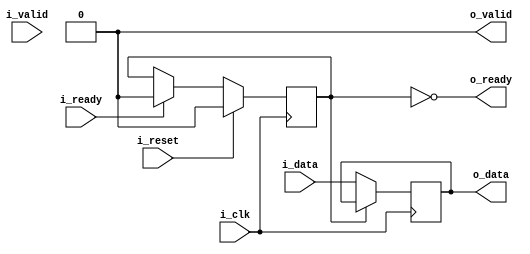
module skidbuffer #(
		// {{{
		parameter	[0:0]	OPT_LOWPOWER = 0,
		parameter	[0:0]	OPT_OUTREG = 1,
		//
		parameter	[0:0]	OPT_PASSTHROUGH = 0,
		parameter		DW = 8
		// }}}
	) (
		// {{{
		input	wire			i_clk, i_reset,
		input	wire			i_valid,
		output	wire			o_ready,
		input	wire	[DW-1:0]	i_data,
		output	wire			o_valid,
		input	wire			i_ready,
		output	reg	[DW-1:0]	o_data
		// }}}
	);

	wire	[DW-1:0]	w_data;

	generate if (OPT_PASSTHROUGH)
	begin : PASSTHROUGH
		// {{{
		assign	{ o_valid, o_ready } = { i_valid, i_ready };

		always @(*)
		if (!i_valid && OPT_LOWPOWER)
			o_data = 0;
		else
			o_data = i_data;

		assign	w_data = 0;

		// Keep Verilator happy
		// Verilator lint_off UNUSED
		// {{{
		wire	unused_passthrough;
		assign	unused_passthrough = &{ 1'b0, i_clk, i_reset };
		// }}}
		// Verilator lint_on  UNUSED
		// }}}
	end else begin : LOGIC
		// We'll start with skid buffer itself
		// {{{
		reg			r_valid;
		reg	[DW-1:0]	r_data;

		// r_valid
		// {{{
		initial	r_valid = 0;
		always @(posedge i_clk)
		if (i_reset)
			r_valid <= 0;
		else if ((i_valid && o_ready) && (o_valid && !i_ready))
			// We have incoming data, but the output is stalled
			r_valid <= 1;
		else if (i_ready)
			r_valid <= 0;
		// }}}

		// r_data
		// {{{
		initial	r_data = 0;
		always @(posedge i_clk)
		if (OPT_LOWPOWER && i_reset)
			r_data <= 0;
		else if (OPT_LOWPOWER && (!o_valid || i_ready))
			r_data <= 0;
		else if ((!OPT_LOWPOWER || !OPT_OUTREG || i_valid) && o_ready)
			r_data <= i_data;

		assign	w_data = r_data;
		// }}}

		// o_ready
		// {{{
		assign o_ready = !r_valid;
		// }}}

		//
		// And then move on to the output port
		//
		if (!OPT_OUTREG)
		begin : NET_OUTPUT
			// Outputs are combinatorially determined from inputs
			// {{{
			// o_valid
			// {{{
			assign	o_valid = !i_reset && (i_valid || r_valid);
			// }}}

			// o_data
			// {{{
			always @(*)
			if (r_valid)
				o_data = r_data;
			else if (!OPT_LOWPOWER || i_valid)
				o_data = i_data;
			else
				o_data = 0;
			// }}}
			// }}}
		end else begin : REG_OUTPUT
			// Register our outputs
			// {{{
			// o_valid
			// {{{
			reg	ro_valid;

			initial	o_valid = 0;
			always @(posedge i_clk)
			if (i_reset)
				ro_valid <= 0;
			else if (!o_valid || i_ready)
				ro_valid <= (i_valid || r_valid);

			assign	o_valid = ro_valid;
			// }}}

			// o_data
			// {{{
			initial	o_data = 0;
			always @(posedge i_clk)
			if (OPT_LOWPOWER && i_reset)
				o_data <= 0;
			else if (!o_valid || i_ready)
			begin

				if (r_valid)
					o_data <= r_data;
				else if (!OPT_LOWPOWER || i_valid)
					o_data <= i_data;
				else
					o_data <= 0;
			end
			// }}}

			// }}}
		end
		// }}}
	end endgenerate

	// Keep Verilator happy
	// {{{
	// Verilator lint_off UNUSED
	wire	unused;
	assign	unused = &{ 1'b0, w_data };
	// Verilator lint_on  UNUSED
	// }}}
////////////////////////////////////////////////////////////////////////////////
////////////////////////////////////////////////////////////////////////////////
////////////////////////////////////////////////////////////////////////////////
//
// Formal properties
// {{{
////////////////////////////////////////////////////////////////////////////////
////////////////////////////////////////////////////////////////////////////////
////////////////////////////////////////////////////////////////////////////////
`ifdef	FORMAL
`ifdef	SKIDBUFFER
`define	ASSUME	assume
`else
`define	ASSUME	assert
`endif

	reg	f_past_valid;

	initial	f_past_valid = 0;
	always @(posedge i_clk)
		f_past_valid <= 1;

	always @(*)
	if (!f_past_valid)
		assume(i_reset);

	////////////////////////////////////////////////////////////////////////
	//
	// Incoming stream properties / assumptions
	// {{{
	////////////////////////////////////////////////////////////////////////
	//
	always @(posedge i_clk)
	if (!f_past_valid)
	begin
		`ASSUME(!i_valid);
	end else if ($past(i_valid && !o_ready && !i_reset) && !i_reset)
		`ASSUME(i_valid && $stable(i_data));

`ifdef	VERIFIC
`define	FORMAL_VERIFIC
	// Reset properties
	property RESET_CLEARS_IVALID;
		@(posedge i_clk) i_reset |=> !i_valid;
	endproperty

	property IDATA_HELD_WHEN_NOT_READY;
		@(posedge i_clk) disable iff (i_reset)
		i_valid && !o_ready |=> i_valid && $stable(i_data);
	endproperty

`ifdef	SKIDBUFFER
	assume	property (IDATA_HELD_WHEN_NOT_READY);
`else
	assert	property (IDATA_HELD_WHEN_NOT_READY);
`endif
`endif
	// }}}
	////////////////////////////////////////////////////////////////////////
	//
	// Outgoing stream properties / assumptions
	// {{{
	////////////////////////////////////////////////////////////////////////
	//

	generate if (!OPT_PASSTHROUGH)
	begin

		always @(posedge i_clk)
		if (!f_past_valid) // || $past(i_reset))
		begin
			// Following any reset, valid must be deasserted
			assert(!o_valid);
		end else if ($past(o_valid && !i_ready && !i_reset) && !i_reset)
			// Following any stall, valid must remain high and
			// data must be preserved
			assert(o_valid && $stable(o_data));

	end endgenerate
	// }}}
	////////////////////////////////////////////////////////////////////////
	//
	// Other properties
	// {{{
	////////////////////////////////////////////////////////////////////////
	//
	//
	generate if (!OPT_PASSTHROUGH)
	begin
		// Rule #1:
		//	If registered, then following any reset we should be
		//	ready for a new request
		// {{{
		always @(posedge i_clk)
		if (f_past_valid && $past(OPT_OUTREG && i_reset))
			assert(o_ready);
		// }}}

		// Rule #2:
		//	All incoming data must either go directly to the
		//	output port, or into the skid buffer
		// {{{
`ifndef	VERIFIC
		always @(posedge i_clk)
		if (f_past_valid && !$past(i_reset) && $past(i_valid && o_ready
			&& (!OPT_OUTREG || o_valid) && !i_ready))
			assert(!o_ready && w_data == $past(i_data));
`else
		assert property (@(posedge i_clk)
			disable iff (i_reset)
			(i_valid && o_ready
				&& (!OPT_OUTREG || o_valid) && !i_ready)
				|=> (!o_ready && w_data == $past(i_data)));
`endif
		// }}}

		// Rule #3:
		//	After the last transaction, o_valid should become idle
		// {{{
		if (!OPT_OUTREG)
		begin
			// {{{
			always @(posedge i_clk)
			if (f_past_valid && !$past(i_reset) && !i_reset
					&& $past(i_ready))
			begin
				assert(o_valid == i_valid);
				assert(!i_valid || (o_data == i_data));
			end
			// }}}
		end else begin
			// {{{
			always @(posedge i_clk)
			if (f_past_valid && !$past(i_reset))
			begin
				if ($past(i_valid && o_ready))
					assert(o_valid);

				if ($past(!i_valid && o_ready && i_ready))
					assert(!o_valid);
			end
			// }}}
		end
		// }}}

		// Rule #4
		//	Same thing, but this time for o_ready
		// {{{
		always @(posedge i_clk)
		if (f_past_valid && $past(!o_ready && i_ready))
			assert(o_ready);
		// }}}

		// If OPT_LOWPOWER is set, o_data and w_data both need to be
		// zero any time !o_valid or !r_valid respectively
		// {{{
		if (OPT_LOWPOWER)
		begin
			always @(*)
			if ((OPT_OUTREG || !i_reset) && !o_valid)
				assert(o_data == 0);

			always @(*)
			if (o_ready)
				assert(w_data == 0);

		end
		// }}}
	end endgenerate
	// }}}
	////////////////////////////////////////////////////////////////////////
	//
	// Cover checks
	// {{{
	////////////////////////////////////////////////////////////////////////
	//
	//
`ifdef	SKIDBUFFER
	generate if (!OPT_PASSTHROUGH)
	begin
		reg	f_changed_data;

		initial	f_changed_data = 0;
		always @(posedge i_clk)
		if (i_reset)
			f_changed_data <= 1;
		else if (i_valid && $past(!i_valid || o_ready))
		begin
			if (i_data != $past(i_data + 1))
				f_changed_data <= 0;
		end else if (!i_valid && i_data != 0)
			f_changed_data <= 0;


`ifndef	VERIFIC
		reg	[3:0]	cvr_steps, cvr_hold;

		always @(posedge i_clk)
		if (i_reset)
		begin
			cvr_steps <= 0;
			cvr_hold  <= 0;
		end else begin
			cvr_steps <= cvr_steps + 1;
			cvr_hold  <= cvr_hold  + 1;
			case(cvr_steps)
			 0: if (o_valid || i_valid)
				cvr_steps <= 0;
			 1: if (!i_valid || !i_ready)
				cvr_steps <= 0;
			 2: if (!i_valid || !i_ready)
				cvr_steps <= 0;
			 3: if (!i_valid || !i_ready)
				cvr_steps <= 0;
			 4: if (!i_valid ||  i_ready)
				cvr_steps <= 0;
			 5: if (!i_valid || !i_ready)
				cvr_steps <= 0;
			 6: if (!i_valid || !i_ready)
				cvr_steps <= 0;
			 7: if (!i_valid ||  i_ready)
				cvr_steps <= 0;
			 8: if (!i_valid ||  i_ready)
				cvr_steps <= 0;
			 9: if (!i_valid || !i_ready)
				cvr_steps <= 0;
			10: if (!i_valid || !i_ready)
				cvr_steps <= 0;
			11: if (!i_valid || !i_ready)
				cvr_steps <= 0;
			12: begin
				cvr_steps <= cvr_steps;
				cover(!o_valid && !i_valid && f_changed_data);
				if (!o_valid || !i_ready)
					cvr_steps <= 0;
				else
					cvr_hold <= cvr_hold + 1;
				end
			default: assert(0);
			endcase
		end

`else
		// Cover test
		cover property (@(posedge i_clk)
			disable iff (i_reset)
			(!o_valid && !i_valid)
			##1 i_valid &&  i_ready [*3]
			##1 i_valid && !i_ready
			##1 i_valid &&  i_ready [*2]
			##1 i_valid && !i_ready [*2]
			##1 i_valid &&  i_ready [*3]
			// Wait for the design to clear
			##1 o_valid && i_ready [*0:5]
			##1 (!o_valid && !i_valid && f_changed_data));
`endif
	end endgenerate
`endif	// SKIDBUFFER
	// }}}
`endif
endmodule